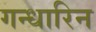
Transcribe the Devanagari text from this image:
गन्धारिन